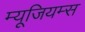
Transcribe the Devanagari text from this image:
म्यूजियम्स